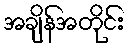
အချိန်အတိုင်း